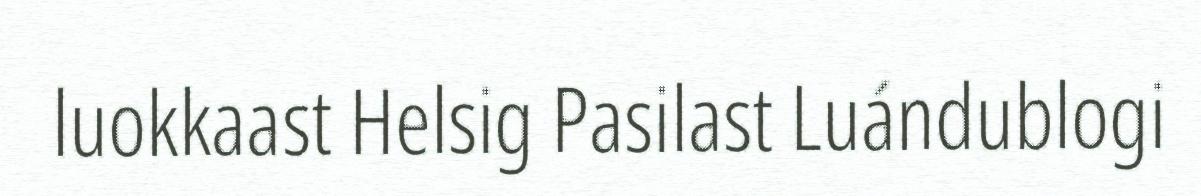
luokkaast Helsig Pasilast Luándublogi